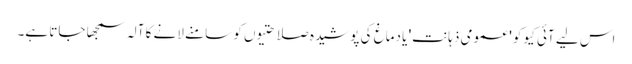
اس لیے آئی کیو کو 'عمومی ذہانت' یا دماغ کی پوشیدہ صلاحتیوں کو سامنے لانے کا آلہ سمجھا جاتا ہے۔